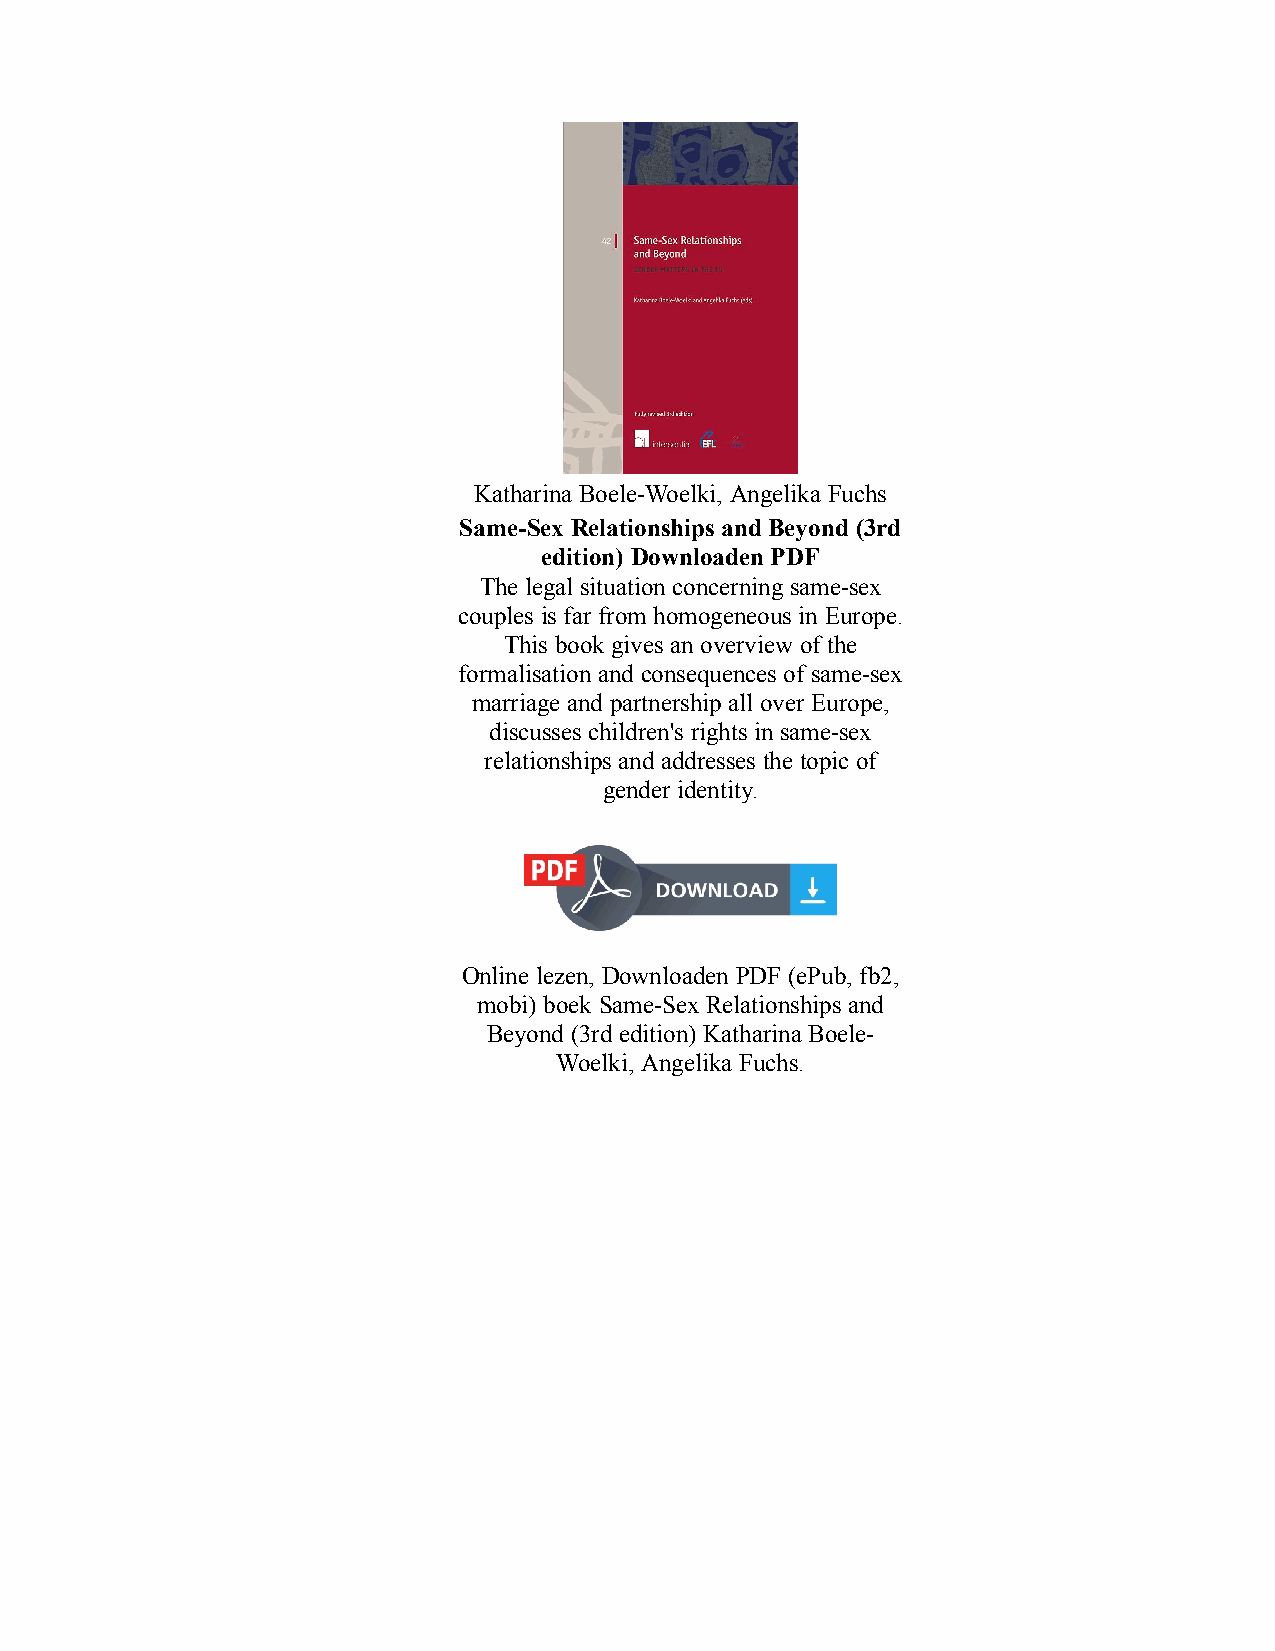
Katharina Boele-Woelki, Angelika Fuchs
 Same-Sex Relationships and Beyond (3rd
 edition) Downloaden PDF
 The legal situation concerning same-sex
 couples is far from homogeneous in Europe.
 This book gives an overview of the
 formalisation and consequences of same-sex
 marriage and partnership all over Europe,
 discusses children's rights in same-sex
 relationships and addresses the topic of
 gender identity.
 Online lezen, Downloaden PDF (ePub, fb2,
 mobi) boek Same-Sex Relationships and
 Beyond (3rd edition) Katharina Boele-
 Woelki, Angelika Fuchs.